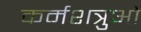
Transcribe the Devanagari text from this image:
कर्मशत्रुओं